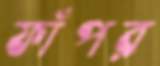
ফাঁপর